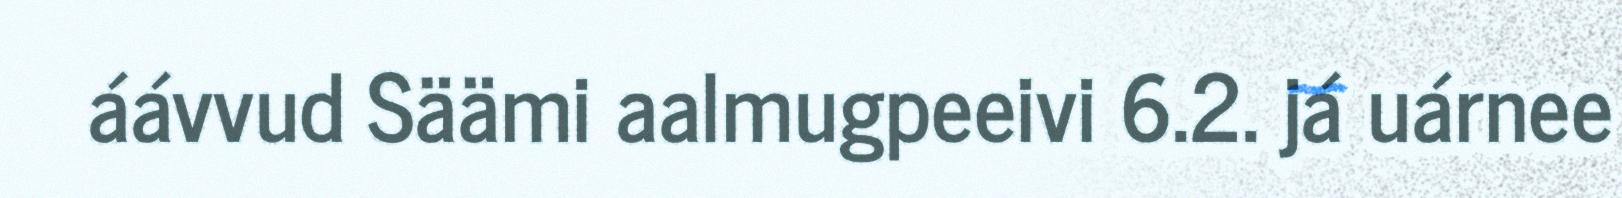
áávvud Säämi aalmugpeeivi 6.2. já uárnee